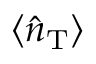
\langle \hat { n } _ { \mathrm { { T } } } \rangle